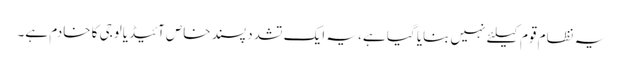
یہ نظام قوم کیلئے نہیں بنایا گیا ہے، یہ ایک تشدد پسند خاص آئیڈیالوجی کا خادم ہے۔